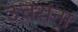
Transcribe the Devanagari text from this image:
उत्तरांना